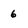
Character: 6